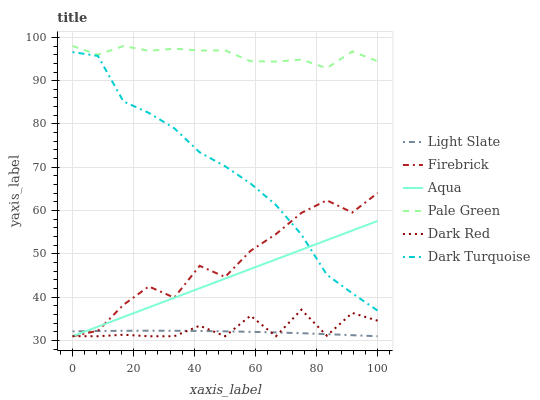
| xaxis_label | Light Slate | Firebrick | Aqua | Pale Green | Dark Red | Dark Turquoise |
 | --- | --- | --- | --- | --- | --- | --- |
 | 0 | 32.1 | 31 | 31 | 98 | 31 | 96.6 |
 | 8.33 | 32.2 | 32.3 | 33.2 | 96 | 31 | 95.7 |
 | 16.7 | 32.3 | 38.2 | 35.4 | 98 | 31.4 | 85.2 |
 | 25 | 32.3 | 42.5 | 37.7 | 96.9 | 31 | 82.6 |
 | 33.3 | 32.3 | 39.9 | 39.9 | 97.4 | 31 | 79 |
 | 41.7 | 32.2 | 47.3 | 42.1 | 97 | 33.4 | 73.5 |
 | 50 | 32.1 | 44.7 | 44.3 | 97 | 31 | 70.2 |
 | 58.3 | 32 | 50.7 | 46.5 | 94.5 | 35.7 | 66.3 |
 | 66.7 | 31.9 | 54.6 | 48.7 | 94.4 | 31 | 61.3 |
 | 75 | 31.7 | 59.5 | 51 | 94.9 | 37.1 | 54.5 |
 | 83.3 | 31.5 | 62.4 | 53.2 | 92.9 | 31.1 | 45.2 |
 | 91.7 | 31.2 | 59.6 | 55.4 | 96.7 | 36.4 | 40.9 |
 | 100 | 31 | 64.1 | 57.6 | 94.5 | 34.6 | 36.9 |